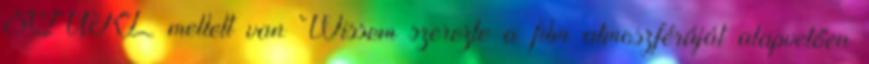
SQÜRL mellett van Wissem szerezte a film atmoszféráját alapvetően